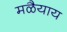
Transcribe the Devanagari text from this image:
मळैयाय